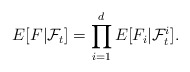
\begin{align*}E[F|\mathcal{F}_{t}]=\prod_{i=1}^{d}E[F_{i}|\mathcal{F}_{t}^{i}].\end{align*}